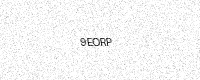
Text: 9EORP